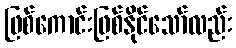
ဖြစ်ကောင်းဖြစ်နိုင်သော်လည်း